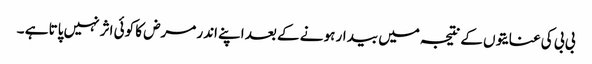
بی بی کی عنایتوں کے نتیجہ میں بیدار ہو نے کے بعد اپنے اندر مرض کا کوئی اثر نہیں پاتا ہے ۔